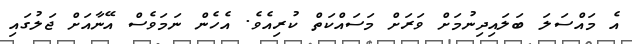
އެ މައްސަލަ ބަލައިދިނުމަށް ވަަރަށް މަސައްކަތް ކުރިއެވެ. އެހެން ނަމަވެސް އޭނާއަށް ޖަލުގައި